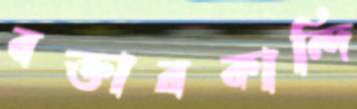
বক্তারকান্দি